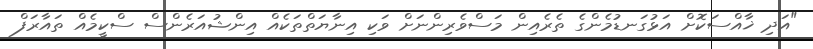
"އަދި ޚާއްސަކޮށް އަޅުގަނޑުމެންގެ ތެރެއިން މަސްވެރިންނަށް ވަކި އިނާޔަތްތަކެއް އިންޝުއަރެންސް ސްކީމެއް ތައާރަފް